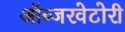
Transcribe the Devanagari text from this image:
ऑब्जरवेटोरी